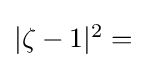
\textstyle |\zeta -1|{}^{2}={}